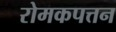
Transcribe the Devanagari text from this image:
रोमकपत्तन